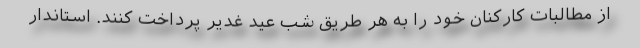
از مطالبات کارکنان خود را به هر طریق شب عید غدیر پرداخت کنند. استاندار